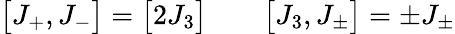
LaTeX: \bigl[J_{+},J_{-}\bigr]=\bigl[2J_{3}\bigr]\qquad\bigl[J_{3},J_{\pm}\bigr]=\pm J_{\pm}